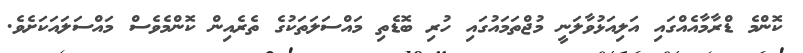
ކޮންމެ ޑްރާމާއެއްގައި އަލިއަޅުވާލަނީ މުޖްތަމައުގައި ހުރި ބޮޑެތި މައްސަލަތަކުގެ ތެރެއިން ކޮންމެވެސް މައްސަލައަކަށެވެ.